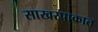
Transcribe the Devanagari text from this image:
साखरपाकात